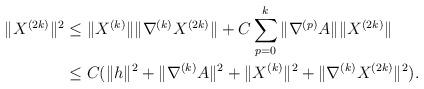
LaTeX: \begin{align*} \|X^{(2k)}\|^2 &\leq \|X^{(k)}\|\|\nabla^{(k)}X^{(2k)}\| + C\sum_{p=0}^{k}\|\nabla^{(p)}A\|\|X^{(2k)}\|\\ &\leq C(\|h\|^2 + \|\nabla^{(k)}A\|^2 + \|X^{(k)}\|^2 + \|\nabla^{(k)}X^{(2k)}\|^2).\end{align*}